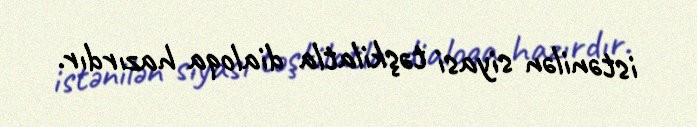
istənilən siyasi təşkilatla dialoqa hazırdır.